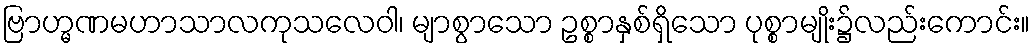
ဗြာဟ္မဏမဟာသာလကုသလေဝါ၊ မျာစွာသော ဥစ္စာနှစ်ရှိသော ပုစ္စာမျိုး၌လည်းကောင်း။